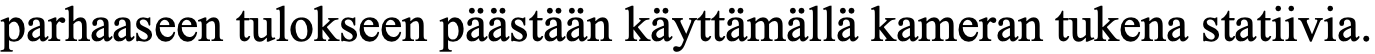
parhaaseen tulokseen päästään käyttämällä kameran tukena statiivia.